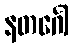
နတင်္ဂေါ